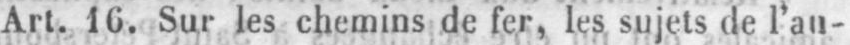
Art. 16. Sur les chemins de fer, les sujets de l’au-